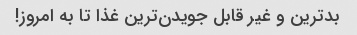
بدترین و غیر قابل جویدن‌ترین غذا تا به امروز!